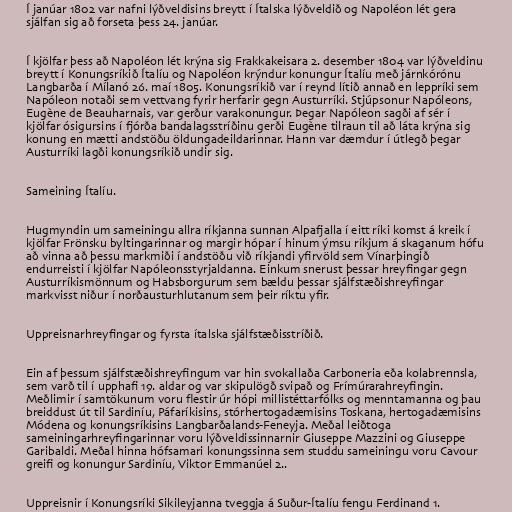
Í janúar 1802 var nafni lýðveldisins breytt í Ítalska lýðveldið og Napoléon lét gera
sjálfan sig að forseta þess 24. janúar.

Í kjölfar þess að Napoléon lét krýna sig Frakkakeisara 2. desember 1804 var lýðveldinu
breytt í Konungsríkið Ítalíu og Napoléon krýndur konungur Ítalíu með járnkórónu
Langbarða í Mílanó 26. maí 1805. Konungsríkið var í reynd lítið annað en leppríki sem
Napóleon notaði sem vettvang fyrir herfarir gegn Austurríki. Stjúpsonur Napóleons,
Eugène de Beauharnais, var gerður varakonungur. Þegar Napóleon sagði af sér í
kjölfar ósigursins í fjórða bandalagsstríðinu gerði Eugène tilraun til að láta krýna sig
konung en mætti andstöðu öldungadeildarinnar. Hann var dæmdur í útlegð þegar
Austurríki lagði konungsríkið undir sig.

Sameining Ítalíu.

Hugmyndin um sameiningu allra ríkjanna sunnan Alpafjalla í eitt ríki komst á kreik í
kjölfar Frönsku byltingarinnar og margir hópar í hinum ýmsu ríkjum á skaganum hófu
að vinna að þessu markmiði í andstöðu við ríkjandi yfirvöld sem Vínarþingið
endurreisti í kjölfar Napóleonsstyrjaldanna. Einkum snerust þessar hreyfingar gegn
Austurríkismönnum og Habsborgurum sem bældu þessar sjálfstæðishreyfingar
markvisst niður í norðausturhlutanum sem þeir ríktu yfir.

Uppreisnarhreyfingar og fyrsta ítalska sjálfstæðisstríðið.

Ein af þessum sjálfstæðishreyfingum var hin svokallaða Carboneria eða kolabrennsla,
sem varð til í upphafi 19. aldar og var skipulögð svipað og Frímúrarahreyfingin.
Meðlimir í samtökunum voru flestir úr hópi millistéttarfólks og menntamanna og þau
breiddust út til Sardiníu, Páfaríkisins, stórhertogadæmisins Toskana, hertogadæmisins
Módena og konungsríkisins Langbarðalands-Feneyja. Meðal leiðtoga
sameiningarhreyfingarinnar voru lýðveldissinnarnir Giuseppe Mazzini og Giuseppe
Garibaldi. Meðal hinna hófsamari konungssinna sem studdu sameiningu voru Cavour
greifi og konungur Sardiníu, Viktor Emmanúel 2..

Uppreisnir í Konungsríki Sikileyjanna tveggja á Suður-Ítalíu fengu Ferdinand 1.